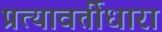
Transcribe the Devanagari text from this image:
प्रत्यावर्तीधारा